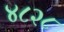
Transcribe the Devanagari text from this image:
४८२८